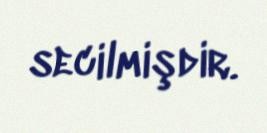
secilmişdir.